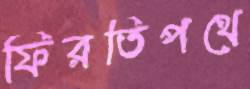
ফিরতিপথে